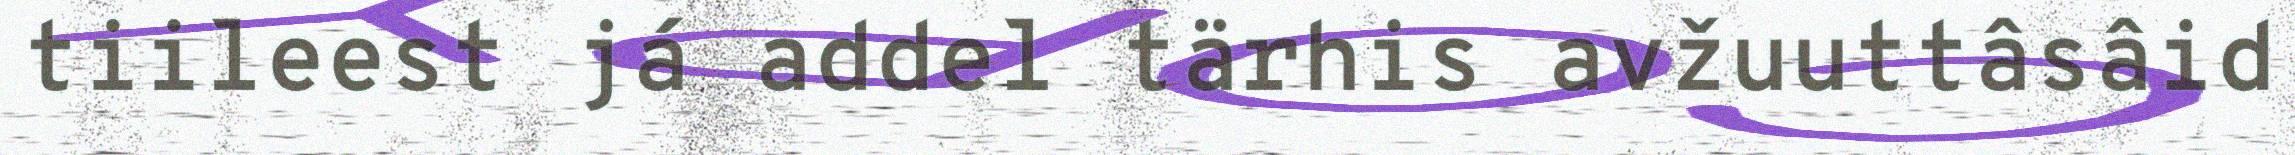
tiileest já addel tärhis avžuuttâsâid